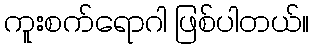
ကူးစက်ရောဂါ ဖြစ်ပါတယ်။